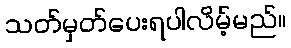
သတ်မှတ်ပေးရပါလိမ့်မည်။